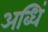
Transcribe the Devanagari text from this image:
अब्धिं